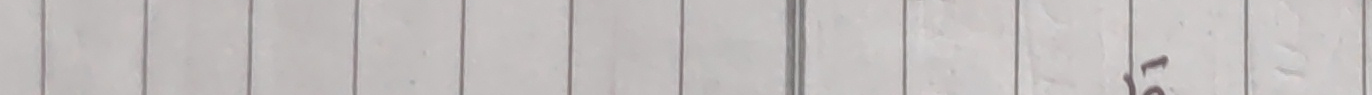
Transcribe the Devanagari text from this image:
२०